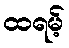
ထရမ့်